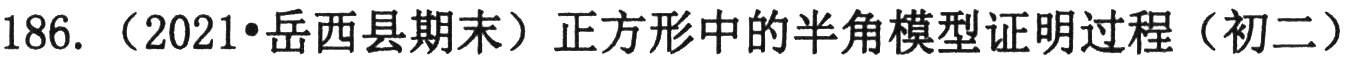
186. （2021•岳西县期末）正方形中的半角模型证明过程（初二）